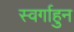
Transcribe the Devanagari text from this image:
स्वर्गाहुन